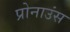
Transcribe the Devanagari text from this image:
प्रोनाउंस